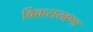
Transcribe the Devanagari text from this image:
विकसखण्ड